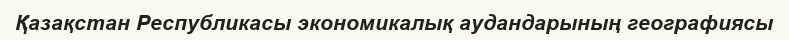
Қазақстан Республикасы экономикалық аудандарының географиясы